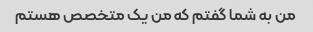
من به شما گفتم که من یک متخصص هستم